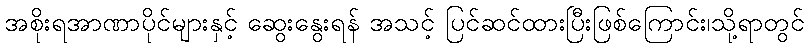
အစိုးရအာဏာပိုင်များနှင့် ဆွေးနွေးရန် အသင့် ပြင်ဆင်ထားပြီးဖြစ်ကြောင်း၊သို့ရာတွင်